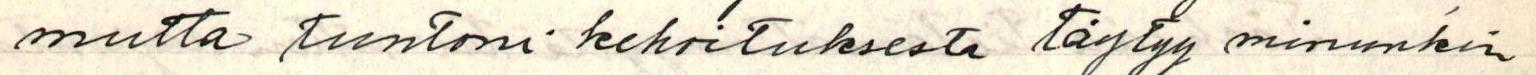
mutta tuntoni kehoituksesta täytyy minunkin